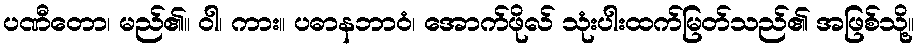
ပဏီတော၊ မည်၏။ ဝါ၊ ကား။ ပဓာနဘာဝံ၊ အောက်ဖိုလ် သုံးပါးထက်မြတ်သည်၏ အဖြစ်သို့။